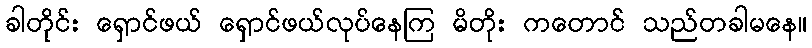
ခါတိုင်း ရှောင်ဖယ် ရှောင်ဖယ်လုပ်နေကြ မိတိုး ကတောင် သည်တခါမနေ။